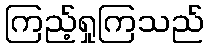
ကြည့်ရှုကြသည်